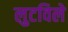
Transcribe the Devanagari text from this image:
लुटविले